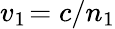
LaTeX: v_{1\! }=c/n_{1}